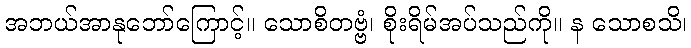
အဘယ်အာနုဘော်ကြောင့်။ သောစိတဗ္ဗံ၊ စိုးရိမ်အပ်သည်ကို။ န သောစသိ၊